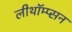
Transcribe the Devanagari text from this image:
लीथॉम्प्सन